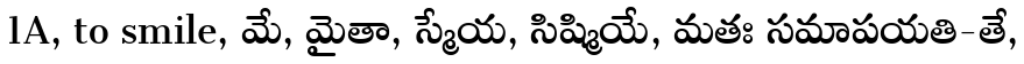
1A, to smile, మే, మైతా, స్మేయ, సిష్మియే, మతః సమాపయతి-తే,